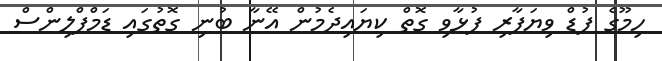
ހިމޫގެ ފުޑް ވިޔަފާރި ފުޅާވި ގޮތް ކިޔައިދެމުން އޭނާ ބުނި ގޮތުގައި ޑަމްޕްލިންސް